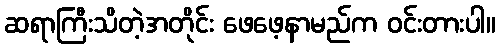
ဆရာကြီးသိတဲ့အတိုင်း ဖေဖေ့နာမည်က ဝင်းတားပါ။